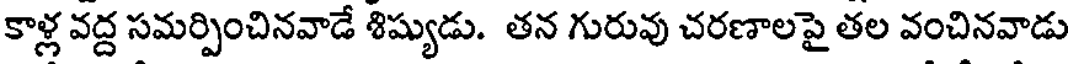
కాళ్ల వద్ద సమర్పించినవాడే శిష్యుడు. తన గురువు చరణాలపై తల వంచినవాడు